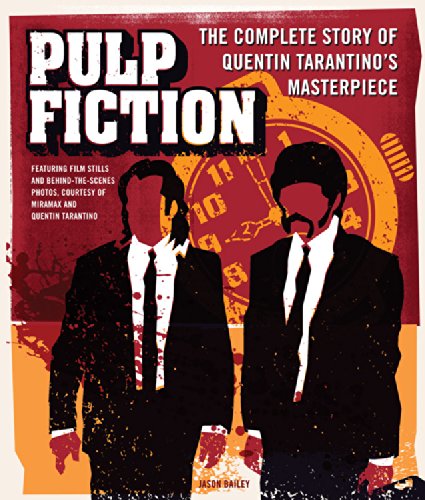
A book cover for Pulp Fiction: The Complete Story of Quentin Tarantino's Masterpiece; Jason Bailey; Humor & Entertainment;